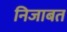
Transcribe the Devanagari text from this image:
निजाबत